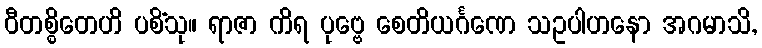
ဝီတစ္စိတေဟိ ပစိံသု။ ရာဇာ ကိရ ပုဗ္ဗေ စေတိယင်္ဂဏေ သဥပါဟနော အဂမာသိ,